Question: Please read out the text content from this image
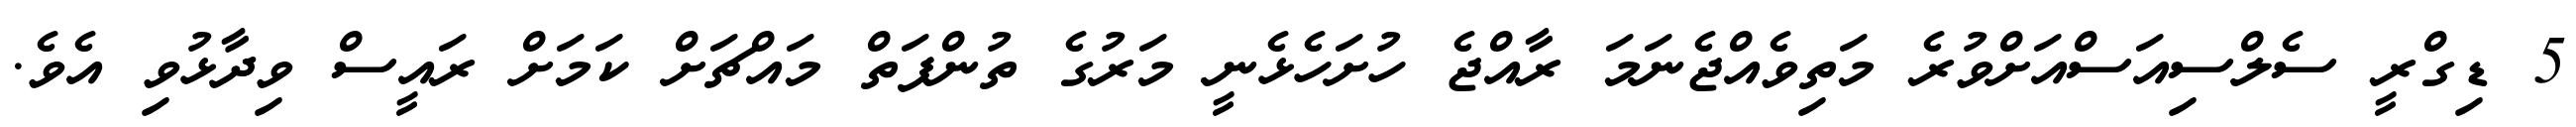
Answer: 5 ޑިގްރީ ސެލްސިއަސްއަށްވުރެ މަތިވެއްޖެނަމަ ރާއްޖެ ހުށަހެޅެނީ މަރުގެ ތުންފަތް މައްޗަށް ކަމަށް ރައީސް ވިދާޅުވި އެވެ.